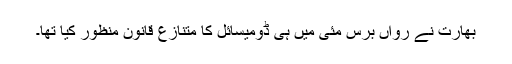
بھارت نے رواں برس مئی میں ہی ڈومیسائل کا متنازع قانون منظور کیا تھا۔